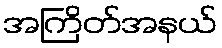
အကြိတ်အနယ်